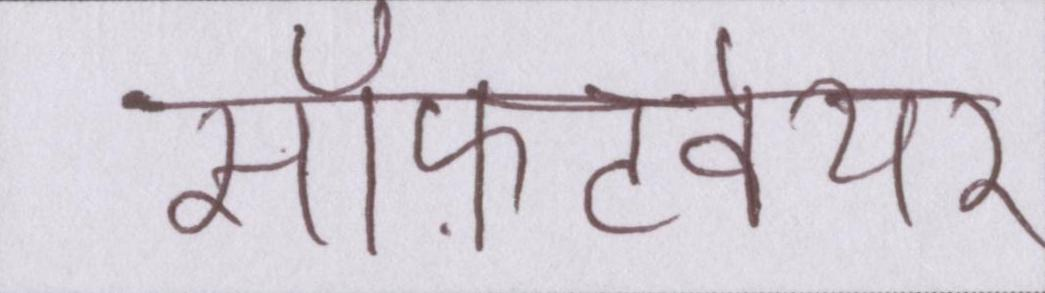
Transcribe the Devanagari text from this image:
सॉफ़्टवेयर